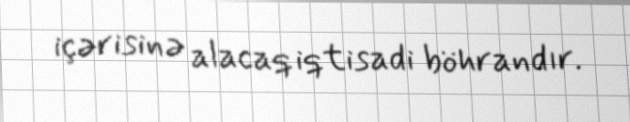
içərisinə alacaq iqtisadi böhrandır.